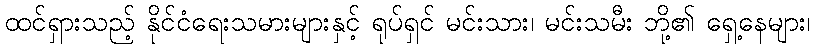
ထင်ရှားသည့် နိုင်ငံရေးသမားများနှင့် ရုပ်ရှင် မင်းသား၊ မင်းသမီး ဘို့၏ ရှေ့နေများ၊